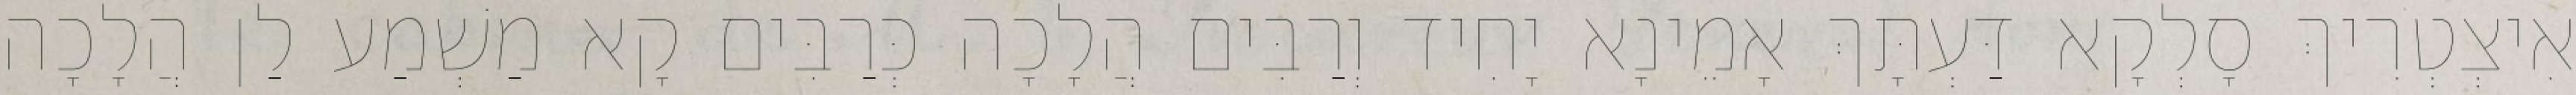
אִיצְטְרִיךְ סָלְקָא דַּעְתָּךְ אָמֵינָא יָחִיד וְרַבִּים הֲלָכָה כְּרַבִּים קָא מַשְׁמַע לַן הֲלָכָה